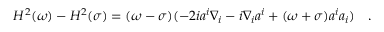
H ^ { 2 } ( \omega ) - H ^ { 2 } ( \sigma ) = ( \omega - \sigma ) ( - 2 i a ^ { i } \nabla _ { i } - i \nabla _ { i } a ^ { i } + ( \omega + \sigma ) a ^ { i } a _ { i } ) ~ ~ ~ .